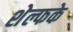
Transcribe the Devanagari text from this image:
शेल्फके